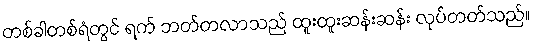
တစ်ခါတစ်ရံတွင် ရက် ဘတ်တလာသည် ထူးထူးဆန်းဆန်း လုပ်တတ်သည်။